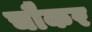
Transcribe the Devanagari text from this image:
चौकर